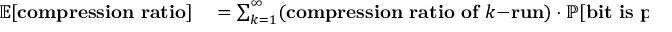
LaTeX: \begin{array} { r l } { \mathbb { E } [ \mathbf { c o m p r e s s i o n ~ r a t i o } ] } & { { } = \sum _ { k = 1 } ^ { \infty } ( \mathbf { c o m p r e s s i o n ~ r a t i o ~ o f ~ } k \mathbf { - r u n } ) \cdot \mathbb { P } [ \mathbf { b i t ~ i s ~ p a r t ~ o f ~ } k \mathbf { - r u n } ] } \end{array}